Leaving Certificate Examination, 1907
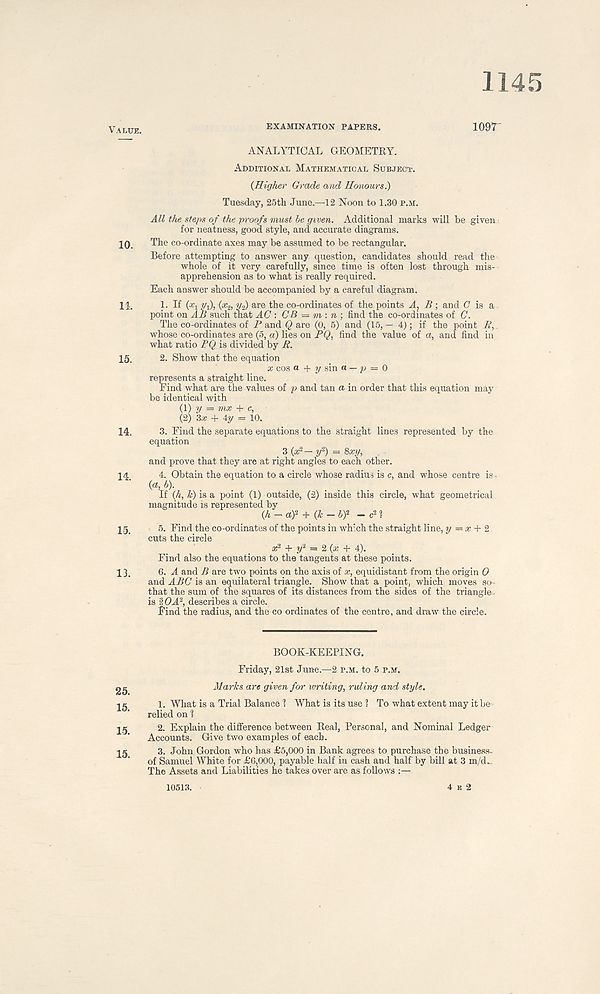
1145
Value.
10.
11.
15.
14.
14.
15.
13.
25.
15.
15.
15.
EXAMINATION PAPERS.
109T
ANALYTICAL GEOMETRY.
Additional Mathematical Subject.
{Higher Grade and Honours?)
Tuesday, 25th June.—12 Noon to 1.30 P.M.
All the steps of the proofs must be given. Additional marks will be given
for neatness, good style, and accurate diagrams.
The co-ordinate axes may be assumed to be rectangular.
Before attempting to answer any question, candidates should read the
whole of it very carefully, since time is often lost through mis--
apprehension as to what is really required.
Each answer should be accompanied by a careful diagram.
1. If (xi yf, (x 2 , y-i) are the co-ordinates of the points A, B ; and <7 is a
point on AB such that AC \ CB = m : n ; find the co-ordinates of C.
The co-ordinates of P and Q are (0, 5) and (15,-4); if the point /s’,
whose co-ordinates are (5, a) lies on PQ, find the value of a, and find in
what ratio BQ is divided by R.
2. Show that the equation
x cos « + 2/ sin a — p = 0
represents a straight line.
Find what are the values of p and tan a in order that this equation may
be identical with
(1) y = mx + c,
(2) Zx + 4y = 10.
3. Find the separate equations to the straight lines represented by the
equation
_ 3 (a; 2 — y 2 ) — 8xy,
and prove that they are at right angles to each other.
4. Obtain the equation to a circle whose radius is c, and whose centre is •
{a, b).
If {h, h) is a point (1) outside, (2) inside this circle, what geometrical
magnitude is represented by
(A - af + (A — by - c 2 1
5. Find the co-ordinates of the points in which the straight line, y — .t + 2.
cuts the circle
x* + y 2 = 2 {x + 4).
Find also the equations to the tangents at these points.
6. A and B are two points on the axis of x, equidistant from the origin 0
and ABC is an equilateral triangle. Show that a point, which moves so-
that the sum of the squares of its distances from the sides of the triangle
is : WA 2 , describes a circle.
Find the radius, and the co ordinates of the centre, and draw the circle.
BOOK-KEEPING.
Friday, 21st June.—2 p.m. to 5 p.m.
Maries are given for writing, ruling and style.
1. What is a Trial Balance 1 What is its use 1 To what extent may it be
relied on 1
2. Explain the difference between Real, Personal, and Nominal Ledger
Accounts. Give two examples of each.
3. John Gordon who has £5,000 in Bank agrees to purchase the business-
of Samuel White for £6,000, payable half in cash and half by bill at 3 m/d..
The Assets and Liabilities he takes over are as follows :—
10513.
4 e 2